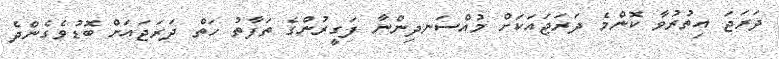
ދަރަޖަ އިތުރުވާ ކޮންމެ ދަރަޖައަކަށް މުއްސަނދިންނާ ފަގީރުންގެ ތަފާތު ހަތް ދަރަޖައަށް ބޮޑުވެގެންދެ